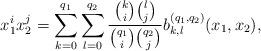
LaTeX: \begin{align*}x_1^ix_2^j=\sum_{k=0}^{q_1}\sum_{l=0}^{q_2}\frac{{k \choose i}{l \choose j}}{{q_1 \choose i}{q_2 \choose j}}b_{k,l}^{(q_1,q_2)}(x_1,x_2),\end{align*}